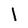
Character: l